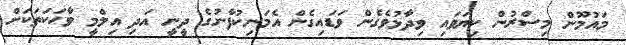
މައުމޫން މިސްރުން ކިޔަވައި ވިދާޅުވެގެން ވަޑައިގެން އެމަނިކުފާނުގެ ދީނީ އަދި އިލްމީ ވާހަކަތަކަށް